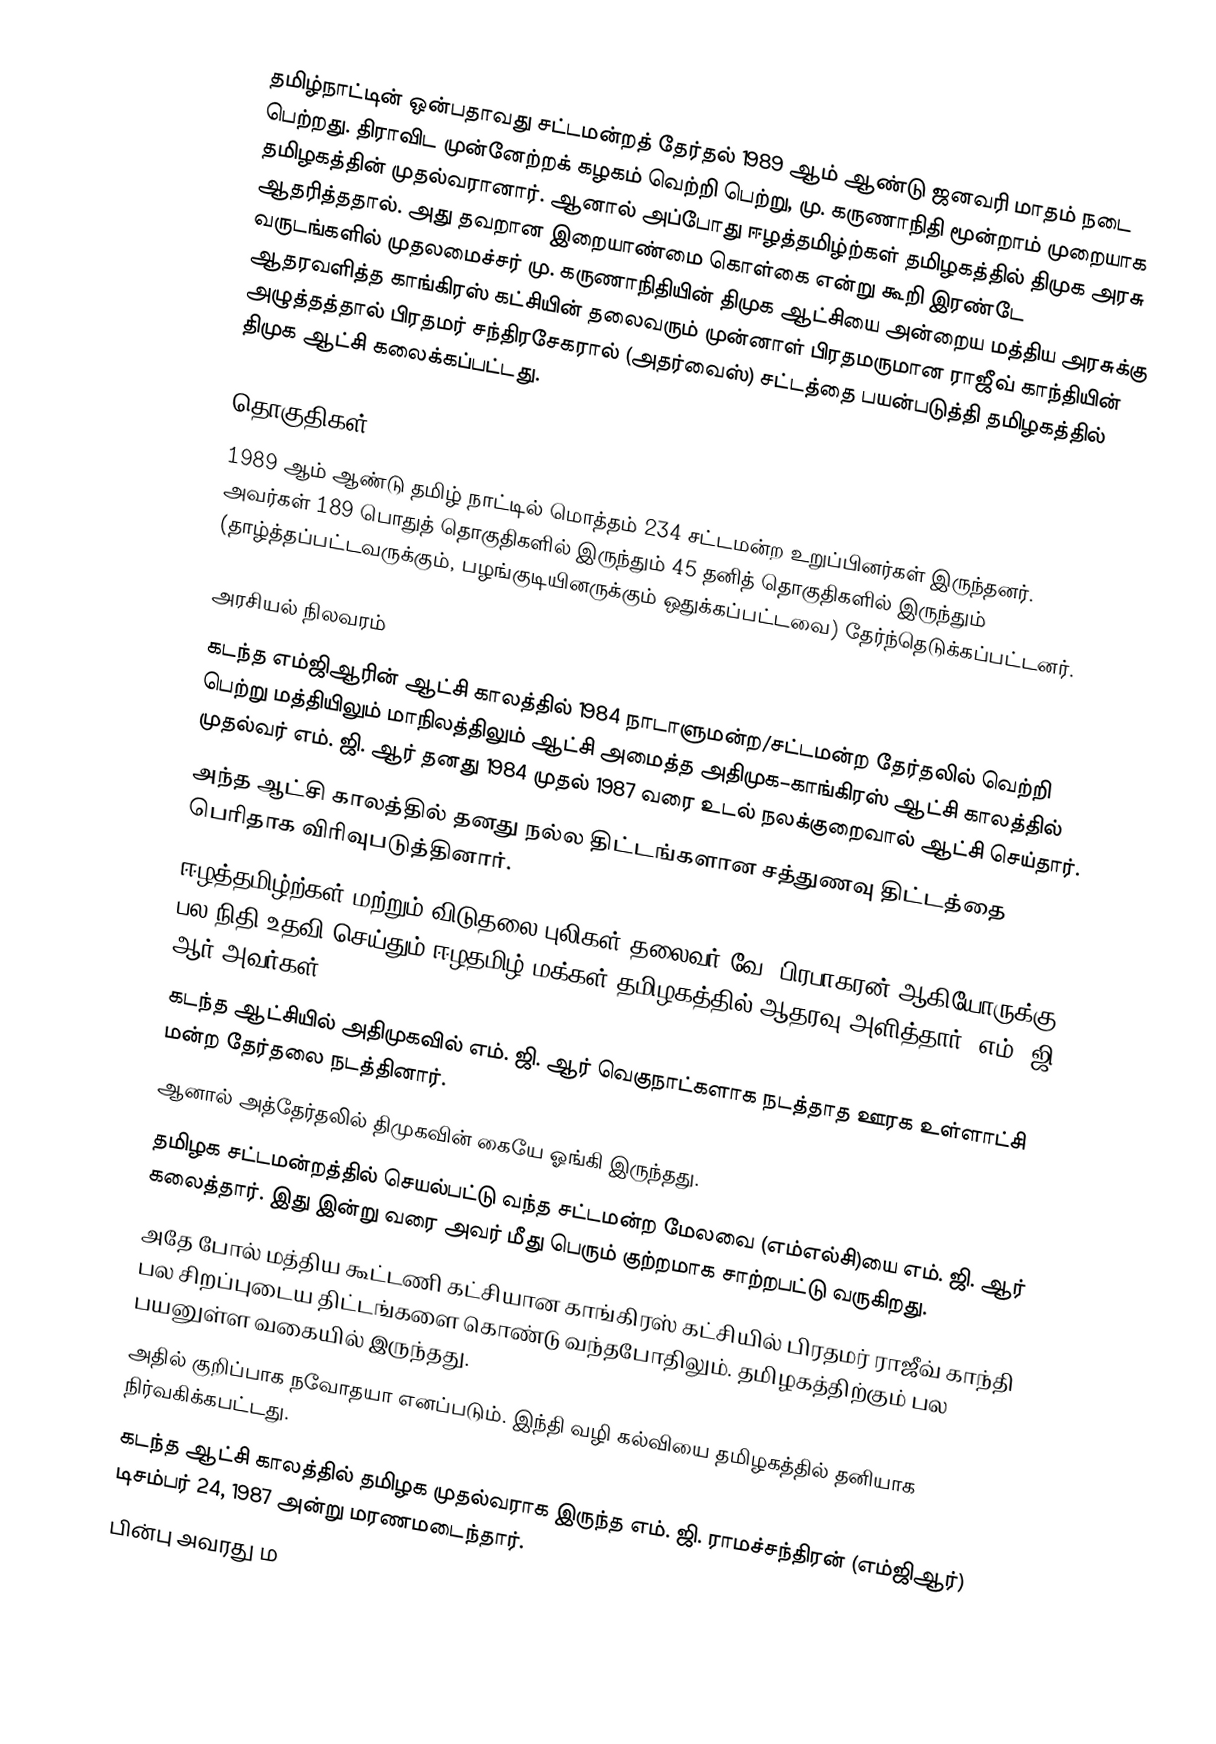
தமிழ்நாட்டின் ஒன்பதாவது சட்டமன்றத் தேர்தல் 1989 ஆம் ஆண்டு ஜனவரி மாதம் நடை பெற்றது. திராவிட முன்னேற்றக் கழகம் வெற்றி பெற்று, மு. கருணாநிதி மூன்றாம் முறையாக தமிழகத்தின் முதல்வரானார். ஆனால் அப்போது ஈழத்தமிழ்ற்கள் தமிழகத்தில் திமுக அரசு ஆதரித்ததால். அது தவறான இறையாண்மை கொள்கை என்று கூறி இரண்டே வருடங்களில் முதலமைச்சர் மு. கருணாநிதியின் திமுக ஆட்சியை அன்றைய மத்திய அரசுக்கு ஆதரவளித்த காங்கிரஸ் கட்சியின் தலைவரும் முன்னாள் பிரதமருமான ராஜீவ் காந்தியின் அழுத்தத்தால் பிரதமர் சந்திரசேகரால் (அதர்வைஸ்) சட்டத்தை பயன்படுத்தி தமிழகத்தில் திமுக ஆட்சி கலைக்கப்பட்டது.

தொகுதிகள்
1989 ஆம் ஆண்டு தமிழ் நாட்டில் மொத்தம் 234 சட்டமன்ற உறுப்பினர்கள் இருந்தனர். அவர்கள் 189  பொதுத் தொகுதிகளில் இருந்தும் 45 தனித் தொகுதிகளில் இருந்தும் (தாழ்த்தப்பட்டவருக்கும், பழங்குடியினருக்கும் ஒதுக்கப்பட்டவை) தேர்ந்தெடுக்கப்பட்டனர்.

அரசியல் நிலவரம்
 கடந்த எம்ஜிஆரின் ஆட்சி காலத்தில் 1984 நாடாளுமன்ற/சட்டமன்ற தேர்தலில் வெற்றி பெற்று மத்தியிலும் மாநிலத்திலும் ஆட்சி அமைத்த அதிமுக–காங்கிரஸ் ஆட்சி காலத்தில் முதல்வர் எம். ஜி. ஆர் தனது 1984 முதல் 1987 வரை உடல் நலக்குறைவால் ஆட்சி செய்தார்.
 அந்த ஆட்சி காலத்தில் தனது நல்ல திட்டங்களான சத்துணவு திட்டத்தை பெரிதாக விரிவுபடுத்தினார்.
 ஈழத்தமிழ்ற்கள் மற்றும் விடுதலை புலிகள் தலைவர் வே. பிரபாகரன் ஆகியோருக்கு பல நிதி உதவி செய்தும் ஈழதமிழ் மக்கள் தமிழகத்தில் ஆதரவு அளித்தார். எம். ஜி. ஆர் அவர்கள்
 கடந்த ஆட்சியில் அதிமுகவில் எம். ஜி. ஆர் வெகுநாட்களாக நடத்தாத ஊரக உள்ளாட்சி மன்ற தேர்தலை நடத்தினார்.
 ஆனால் அத்தேர்தலில் திமுகவின் கையே ஓங்கி இருந்தது.
 தமிழக சட்டமன்றத்தில் செயல்பட்டு வந்த சட்டமன்ற மேலவை (எம்எல்சி)யை எம். ஜி. ஆர் கலைத்தார். இது இன்று வரை அவர் மீது பெரும் குற்றமாக சாற்றபட்டு வருகிறது.
 அதே போல் மத்திய கூட்டணி கட்சியான காங்கிரஸ் கட்சியில் பிரதமர் ராஜீவ் காந்தி பல சிறப்புடைய திட்டங்களை கொண்டு வந்தபோதிலும். தமிழகத்திற்கும் பல பயனுள்ள வகையில் இருந்தது.
 அதில் குறிப்பாக நவோதயா எனப்படும். இந்தி வழி கல்வியை தமிழகத்தில் தனியாக நிர்வகிக்கபட்டது.
 கடந்த ஆட்சி காலத்தில் தமிழக முதல்வராக இருந்த எம். ஜி. ராமச்சந்திரன் (எம்ஜிஆர்) டிசம்பர் 24, 1987 அன்று மரணமடைந்தார்.
 பின்பு அவரது ம